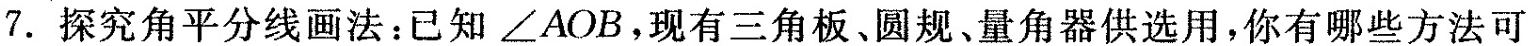
7.探究角平分线画法：已知\angle AOB，现有三角板、圆规、量角器供选用，你有哪些方法可